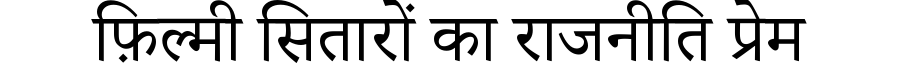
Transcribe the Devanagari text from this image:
फ़िल्मी सितारों का राजनीति प्रेम